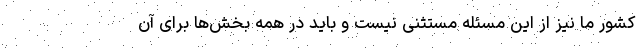
کشور ما نیز از این مسئله مستثنی نیست و باید در همه بخش‌ها برای آن